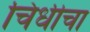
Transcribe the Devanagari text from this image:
चिंधीचा